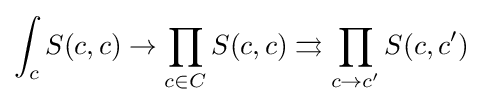
\int _{c}S(c,c)\to \prod _{c\in C}S(c,c)\rightrightarrows \prod _{c\to c'}S(c,c')